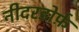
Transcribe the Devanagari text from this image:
नीदरडोर्फ़